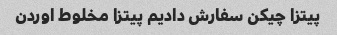
پیتزا چیکن سفارش دادیم پیتزا مخلوط اوردن